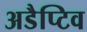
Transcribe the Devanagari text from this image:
अडैप्टिव